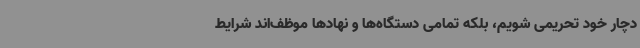
دچار خود تحریمی شویم، بلکه تمامی دستگاه‌ها و نهادها موظف‌اند شرایط